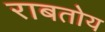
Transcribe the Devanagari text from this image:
राबतोय